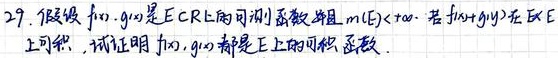
29. 设函数\(f(x),g(x)\)是\(E\subset R\)上的可测函数且\(\vert f(x)\vert<+\infty\)。若\(f(x)+g(x)\)在\(E\)上可积，试证明\(f(x),g(x)\)都是\(E\)上的可积函数。